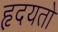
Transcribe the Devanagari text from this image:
हृदयतो